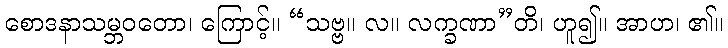
စောဒနာသမ္ဘဝတော၊ ကြောင့်။ “သဗ္ဗ။ လ။ လက္ခဏာ”တိ၊ ဟူ၍။ အာဟ၊ ၏။